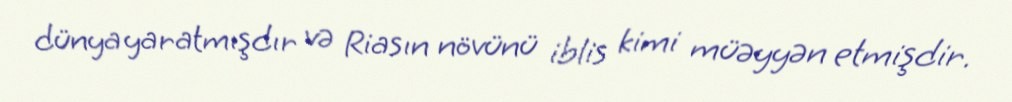
dünya yaratmışdır və Riasın növünü iblis kimi müəyyən etmişdir.